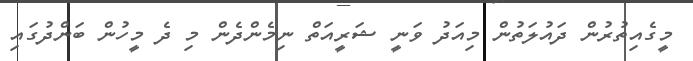
މީގެއިތުރުން ދައުލަތުން މިއަދު ވަނީ ޝަރީއަތް ނިމެންދެން މި ދެ މީހުން ބަންދުގައި